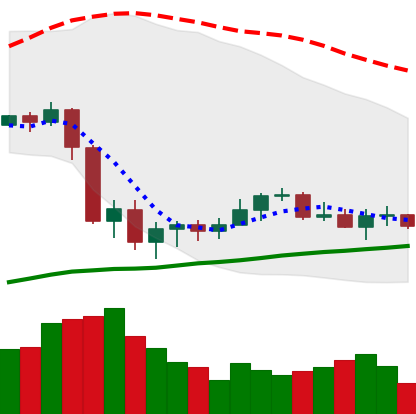
Ticker: XLM-USD
Chart end date: 2020-09-18
Forward return: -13.876%
Label: down_7plus